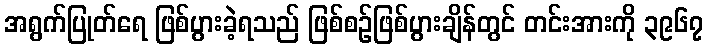
အရွက်ပြုတ်ရေ ဖြစ်ပွားခဲ့ရသည် ဖြစ်စဉ်ဖြစ်ပွားချိန်တွင် တင်းအားကို ၃၉၆၇